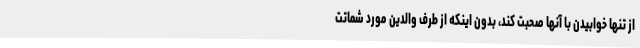
از تنها خوابیدن با آنها صحبت کند، بدون اینکه از طرف والدین مورد شماتت